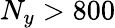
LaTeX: N_{y}>800